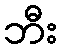
ဘီး